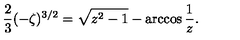
{ \frac { 2 } { 3 } } ( - \zeta ) ^ { 3 / 2 } = \sqrt { z ^ { 2 } - 1 } - \arccos { \frac { 1 } { z } } .